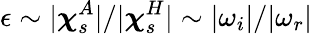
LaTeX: \epsilon\sim|\boldsymbol{\chi}_{s}^{A}|/|\boldsymbol{\chi}_{s}^{H}|\sim|\omega_{i}|/|\omega_{r}|